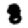
Digit: 8